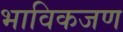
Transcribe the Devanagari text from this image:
भाविकजण